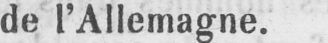
de l’Allemagne.